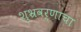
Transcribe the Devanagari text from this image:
शुभ्रवर्णाचा